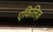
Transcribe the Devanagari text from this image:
एकिलिज़